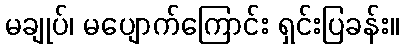
မချုပ်၊ မပျောက်ကြောင်း ရှင်းပြခန်း။